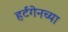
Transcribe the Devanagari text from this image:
हर्टगेनच्या